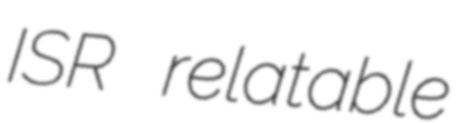
ISR relatable